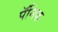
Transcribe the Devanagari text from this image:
पॅनिक